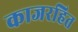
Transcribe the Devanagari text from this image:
काजरहित